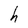
Character: h